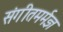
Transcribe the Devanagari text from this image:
संगीतमर्मज्ञ